Annual statistical returns and brief notes on vaccination in Bengal - 1887-1898
Year: 1887
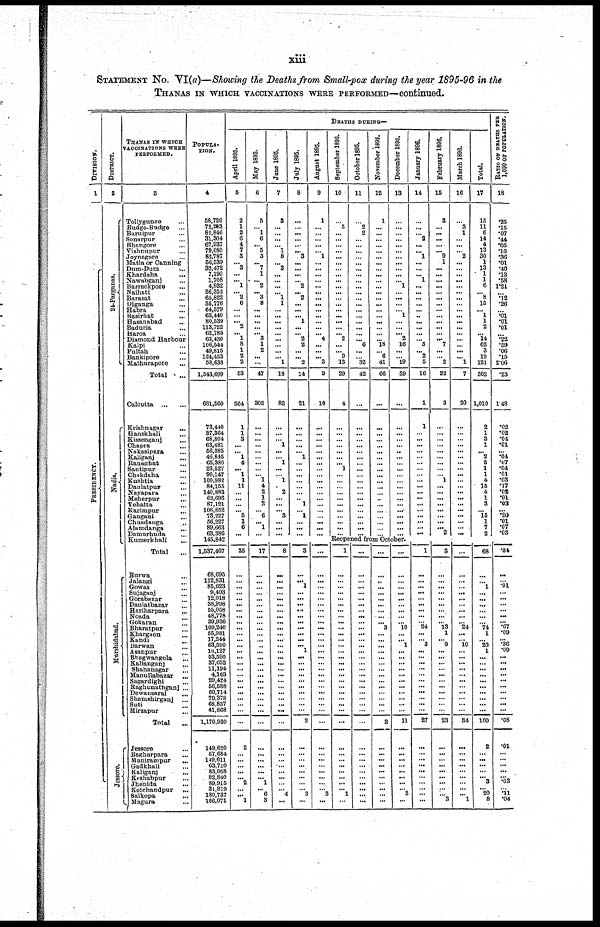
xiii
STATEMENT No. VI(a)—Showing the Deaths from Small-pox during the year 1895-96 in the
THANAS IN WHICH VACCINATIONS WERE PERFORMED—continued.
DIVISION.
1
PRESIDENCY.
DISTRICT.
2
24-Parganas.
Nadia.
Murshidabad.
Jessore.
THANAS IN WHICH
VACCINATIONS WERE
PERFORMED.
3
Tollygunze...
Budge-Budge...
Baruipur...
Sonarpur...
Bhangore...
Vishnupur...
Joynagore...
Matla or Canning...
Dum-Dum...
Khardaha...
Nawabganj...
Barrackpore...
Naihati...
Barasat...
Diganga...
Habra...
Basirhat...
Hasanabad...
Baduria...
Haroa...
Diamond Harbour...
Kalpi...
Fultah...
Bankipore...
Mathurapore...
Total...
Calcutta...
...
Krishnagar... ...
Hanskhali... ...
Kissenganj... ...
Chapra... ...
Nakasipara... ...
Kaliganj... ...
Ranaghat... ...
Santipur... ...
Chakdaha... ...
Kushtia... ...
Daulatpur... ...
Nayapara... ...
Menerpur... ...
Tehatta... ...
Karimpur... ...
Gangani... ...
Chuadanga... ...
Alamdanga... ...
Damurhuda... ...
Kumerkhali... ...
Total...
Burwa... ...
Jalangi... ...
Gowas...
...
Sujaganj... ...
Gorabazar... ...
Daulatbazar... ...
Hariharpara... ...
Noada... ...
Gokaran... ...
Bharatpur... ...
Khargaon... ...
Kandi... ...
Barwan... ...
Asanpur... ...
Bhagwangola... ...
Kalianganj... ...
Shahanagar... ...
Manullabazar...
Sagardighi...
...
Raghunathganj... ...
Dewansarai... ...
Shamshirganj... ...
Suti...
...
Mirzapur... ...
Total
...
Jessore... ...
Bagharpara... ...
Manirampur... ...
Gadkhali... ...
Kaliganj... ...
Keshabpur... ...
Jhenida...
...
Kotchandpur... ...
Salkopa...
...
Magura... ...
POPULA-
TION.
4
58,726
72,283
82,846
31,304
67,937
79,080
82,787
56,539
32,472
7,190
1,708
4,932
56,352
65,822
55,776
64,579
63,440
80,539
113,722
62,785
63,430
106,544
49,815
124,453
58,638
1,543,699
681,560
73,440
37,364
68,804
63,481
56,385
46,845
65,380
23,527
90,147
100,982
84,155
140,883
63,696
87,121
106,852
73,227
56,227
89,663
63,386
145,842
1,537,407
68,695
112,831
85,623
9,403
12,018
38,998
55,058
48,778
39,936
109,240
55,981
17,244
63,590
10,127
53, 590
37,652
11,194
4,163
29,424
5 6 ,
5 8 8
60,714
79,378
68,837
41,868
1,170,930
149,620
57,684
149,611
63,710
83,068
82,840
89,915
31,819
180,737
166,071
DEATHS DURING—
April 1895.
5
2
1
2
6
4
7
3
... 3
...
... 1
... 2
6
....
...
... 2
... 1
8
1
2
2
53
564
1
1
3
...
... 1
4
...
1
1
11
...
...
...
... 5
1
6
...
...
35
...
...
...
...
...
...
...
...
...
...
...
... ...
...
...
...
...
...
...
...
...
...
...
...
...
2
...
...
...
...
... 2
...
... 1
May 1895.
6
5
...
1
6
... 5
3
...
7
1
...
2
... 3
8
...
...
...
...
... 3
1
2
...
...
47
305
...
...
...
...
...
...
...
...
... 1
4
2
1
2
... 6
... 1
...
...
17
...
...
...
...
...
...
...
...
... ...
... ...
...
...
...
...
...
...
...
...
...
...
...
...
...
...
...
...
...
...
... 1
... 6
3
June 1895.
7
3
...
...
...
... 1
8
... 3
...
...
...
... 1
1
...
...
...
...
...
...
...
...
... 1
18
82
...
...
...
1
...
... 1
...
... 1
...
2
...
...
... 3
...
...
...
...
8
...
...
...
...
...
...
...
...
...
...
...
... ...
...
...
...
...
...
...
...
...
...
...
...
...
...
...
...
...
...
...
...
... 4
...
July 1895.
8
...
...
...
...
...
... 3
...
...
...
... 2
...
2
...
...
... 1
...
... 2
2
...
... 2
14
21
...
...
...
...
... 1
...
...
...
...
...
...
.. 1
... 1
...
...
...
...
3
...
...
1
...
...
...
...
...
... ...
...
...
... 1
...
...
...
...
...
...
...
...
...
...
2
...
...
...
...
...
...
...
... 3
...
August 1895.
9
1
...
...
...
...
... 1
...
...
...
...
...
...
...
...
...
...
...
...
... 4
...
...
... 3
9
10
...
...
...
...
...
...
...
...
...
...
...
...
...
...
...
...
...
...
...
...
...
...
...
...
...
...
...
...
...
... ...
...
... ...
...
...
...
...
...
...
...
...
...
...
...
...
...
...
...
...
...
...
...
...
3
...
September 1895.
10
...
5
...
...
...
...
...
...
...
...
...
...
...
...
...
...
...
...
...
... 2
...
... 9
13
29
4
...
...
...
...
...
...
... 1
...
...
...
...
...
...
...
...
...
...
...
October 1895.
11
...
2
2
...
...
...
...
...
...
...
...
...
...
...
...
...
...
...
...
...
... 6
...
... 32
42
...
...
...
...
...
...
...
...
...
...
...
...
...
...
...
...
...
...
...
...
November 1895.
12
1
...
...
...
...
...
...
...
...
...
...
...
...
...
...
...
...
...
...
...
... 18
... 6
41
66
...
...
...
...
...
...
...
...
...
...
...
...
...
...
...
... .
...
...
...
...
December 1895.
13
...
...
...
...
...
...
...
...
...
...
... 1
...
...
...
... 1
...
...
... 2
16
...
... 19
39
...
...
...
...
...
..
...
...
...
...
...
...
... ...
...
...
...
...
...
...
Reopeaed from October.
1
...
...
...
...
...
...
...
...
... ...
...
... ...
...
...
...
...
...
...
...
...
...
...
...
...
...
...
...
...
...
...
...
... 1
...
...
...
...
...
...
...
...
... ...
...
...
...
... ...
...
...
...
...
...
...
...
...
...
...
...
...
...
...
...
...
...
...
...
...
...
...
...
...
...
...
...
...
...
...
...
... 3
...
...
...
...
...
...
...
...
...
...
...
...
...
...
3
...
...
...
...
...
...
...
...
...
...
...
...
...
...
...
...
...
...
...
... 10
...
... 1
...
...
...
...
...
...
...
...
...
...
...
11
...
...
...
...
...
...
...
... 3
...
January 1896.
14
...
...
... 2
...
... 1
...
...
... 1
...
...
...
...
...
...
...
...
...
... 5
... 2
5
16
1
1
...
...
...
...
...
...
...
...
...
...
...
...
...
...
...
...
...
...
...
1
...
...
... ...
...
...
...
...
... 24
...
... 3
...
...
...
...
...
...
...
...
...
...
...
27
...
...
...
...
...
...
...
...
...
...
February 1896.
15
3
... ...
... ...
... 9
1
...
...
...
...
...
...
...
...
...
...
...
...
... 7
...
... 2
22
3
...
...
...
...
...
...
...
...
... 1
...
...
...
...
...
...
...
... 2
...
3
...
...
...
...
...
...
...
...
... 13
1
... 9
...
...
... ...
...
...
...
...
...
...
...
23
...
...
...
...
...
...
...
...
... 3
March 1896.
16
...
3
1
...
...
... 2
...
...
...
...
...
...
...
...
...
...
...
...
...
...
...
...
... 1
7
20
...
...
...
...
...
...
...
...
...
...
...
... ...
...
...
...
...
... .
...
...
...
...
...
...
...
...
...
...
...
... 24
...
... 10
...
...
...
...
...
...
...
...
...
...
...
34
...
...
...
...
...
...
...
...
... 1
Total.
17
15
11
6
14
4
13
30
1
13
1
1
6
... 8
15
... 1
1
2
... 14
63
3
19
121
362
1,010
2
1
3
1
... 2
5
1
1
4
15
4
1
3
... 15
1
7
2
...
68
...
... 1
...
...
...
...
...
... 74
1
... 23
1
...
...
...
...
...
...
...
...
...
...
100
2
...
...
...
... ...
3
... 20
8
RATIO OF DEATHS PER
1,000 OF POPULATION.
18
.25
.15
.07
.44
.05
.16
.36
.01
.40
.13
.58
1.21
... .12
.26
... .01
.01
.01
... .22
.59
.06
.15
2.06
.23
1.48
.02
.02
.04
.01
... .04
.07
.04
.01
.03
.17
.02
.01
.03
... .20
.01
.07
.03
...
.04
...
...
.01
...
...
...
...
...
... .67
.09
... .36
.09
...
...
...
...
...
...
...
...
...
...
.08
.01
...
...
...
... ...
.03
... .11
.04